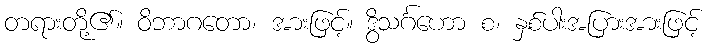
တရားတို့၏။ ဝိဘာဂတော၊ အားဖြင့်။ ဒွိသင်္ဂဟော စ၊ နှစ်ပါးအပြားအားဖြင့်